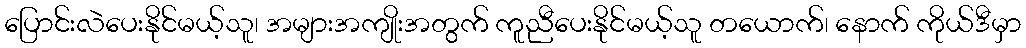
ပြောင်းလဲပေးနိုင်မယ့်သူ၊ အများအကျိုးအတွက် ကူညီပေးနိုင်မယ့်သူ တယောက်၊ နောက် ကိုယ်ဒီမှာ